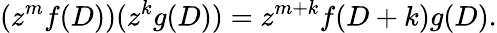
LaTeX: (z^{m}f(D))(z^{k}g(D))=z^{m+k}f(D+k)g(D).